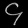
Digit: ၄